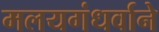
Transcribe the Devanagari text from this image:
मलयगंधर्वाने